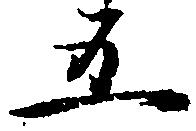
五